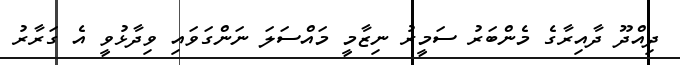
ދިއްދޫ ދާއިރާގެ މެންބަރު ސަމީރު ނިޒާމީ މައްސަލަ ނަންގަވައި ވިދާޅުވީ އެ ގަރާރު